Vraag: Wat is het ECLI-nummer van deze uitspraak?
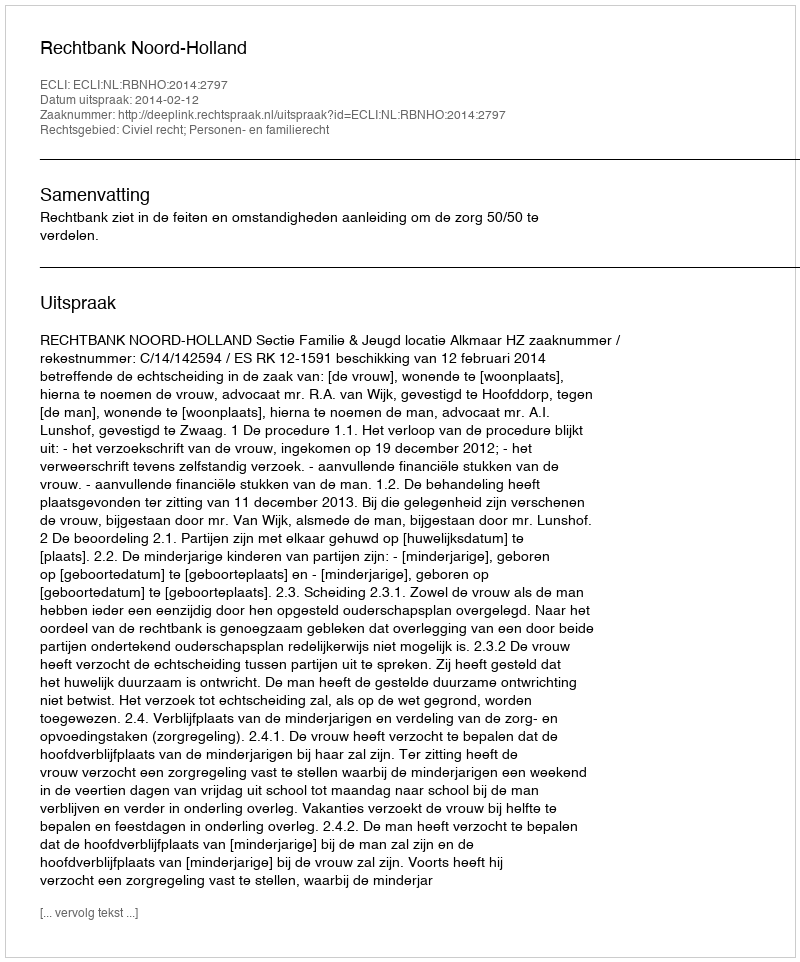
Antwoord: ECLI:NL:RBNHO:2014:2797